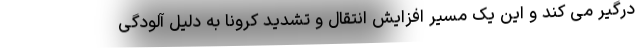
درگیر می کند و این یک مسیر افزایش انتقال و تشدید کرونا به دلیل آلودگی